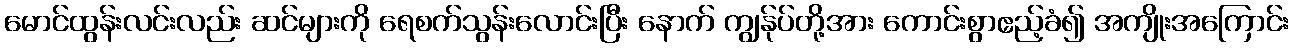
မောင်ထွန်းလင်းလည်း ဆင်များကို ရေစက်သွန်းလောင်းပြီး နောက် ကျွန်ုပ်တို့အား ကောင်းစွာဧည့်ခံ၍ အကျိုးအကြောင်း